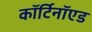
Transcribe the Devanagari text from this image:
कॉर्टिनॉएड